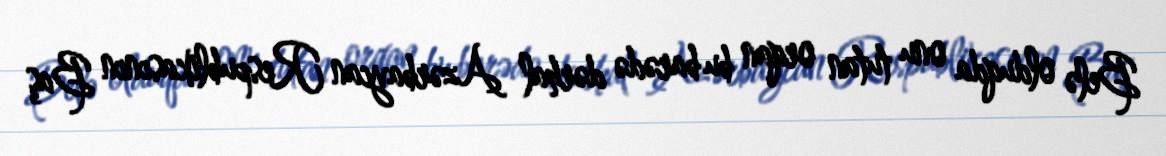
Belə olduqda onu tutan orqan bu barədə dərhal Azərbaycan Respublikasının Baş